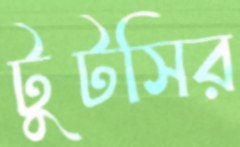
টুটসির